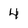
Character: 4